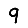
Digit: 9